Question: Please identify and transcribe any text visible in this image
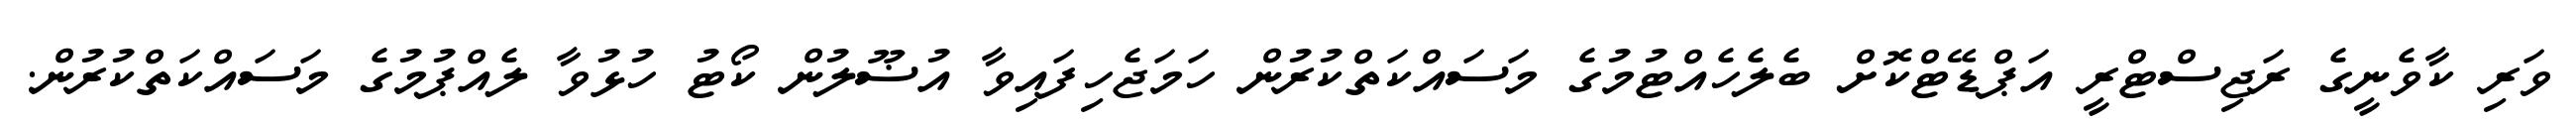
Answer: ވަރި ކާވެނީގެ ރަޖިސްޓްރީ އަޕްޑޭޓްކޮށް ބެލެހެއްޓުމުގެ މަސައްކަތްކުރުން ހަމަޖެހިފައިވާ އުޟޫލުން ކޯޓު ހުޅުވާ ލެއްޕުމުގެ މަސައްކަތްކުރުން.